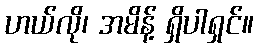
ဟယ်လို၊ အမိန့် ရှိပါရှင်။